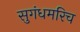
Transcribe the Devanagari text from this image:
सुगंधमरिच